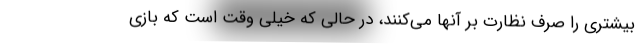
بيشتري را صرف نظارت بر آنها مي‌كنند، در حالي كه خيلي وقت‌ است كه بازي